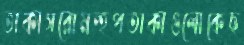
তাকাসরোমন্হপতাকাগুলোকেছ